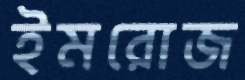
ইমরোজ